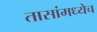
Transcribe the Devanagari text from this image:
तासांमध्येच